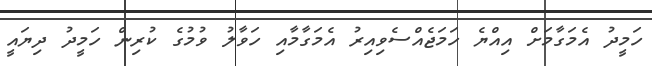
ހަމީދު އެމަގާމަށް އިއްޔެ ހަމަޖެއްސެވިއިރު އެމަގާމާއި ހަވާލު ވުމުގެ ކުރިން ހަމީދު ދިޔައީ